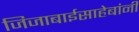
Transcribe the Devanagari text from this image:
जिजाबाईसाहेबांनी